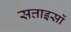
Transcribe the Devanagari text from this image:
सत्ताइसों